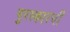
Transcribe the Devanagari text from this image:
पुरस्कारची